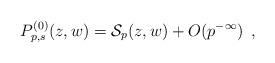
LaTeX: \begin{align*}P_{p,s}^{(0)}(z,w)=\mathcal{S}_p(z,w)+O(p^{-\infty})\:\:,\end{align*}